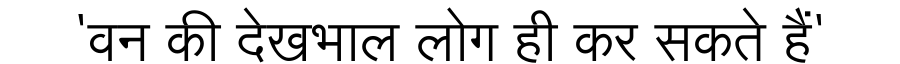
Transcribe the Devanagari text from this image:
'वन की देखभाल लोग ही कर सकते हैं'